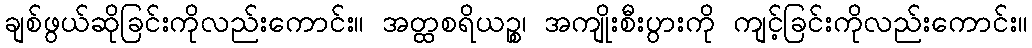
ချစ်ဖွယ်ဆိုခြင်းကိုလည်းကောင်း။ အတ္ထစရိယဉ္စ၊ အကျိုးစီးပွားကို ကျင့်ခြင်းကိုလည်းကောင်း။